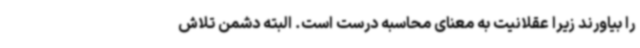
را بیاورند زیرا عقلانیت به معنای محاسبه درست است. البته دشمن تلاش